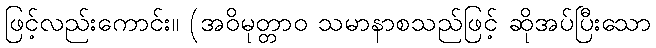
ဖြင့်လည်းကောင်း။ (အဝိမုတ္တာဝ သမာနာစသည်ဖြင့် ဆိုအပ်ပြီးသော